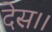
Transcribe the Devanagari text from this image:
देस।।